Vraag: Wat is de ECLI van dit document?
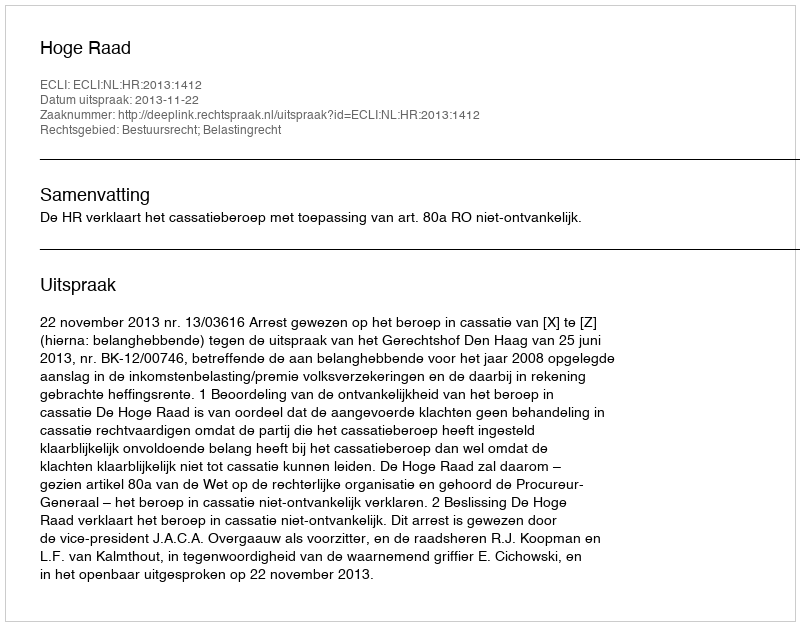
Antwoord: ECLI:NL:HR:2013:1412